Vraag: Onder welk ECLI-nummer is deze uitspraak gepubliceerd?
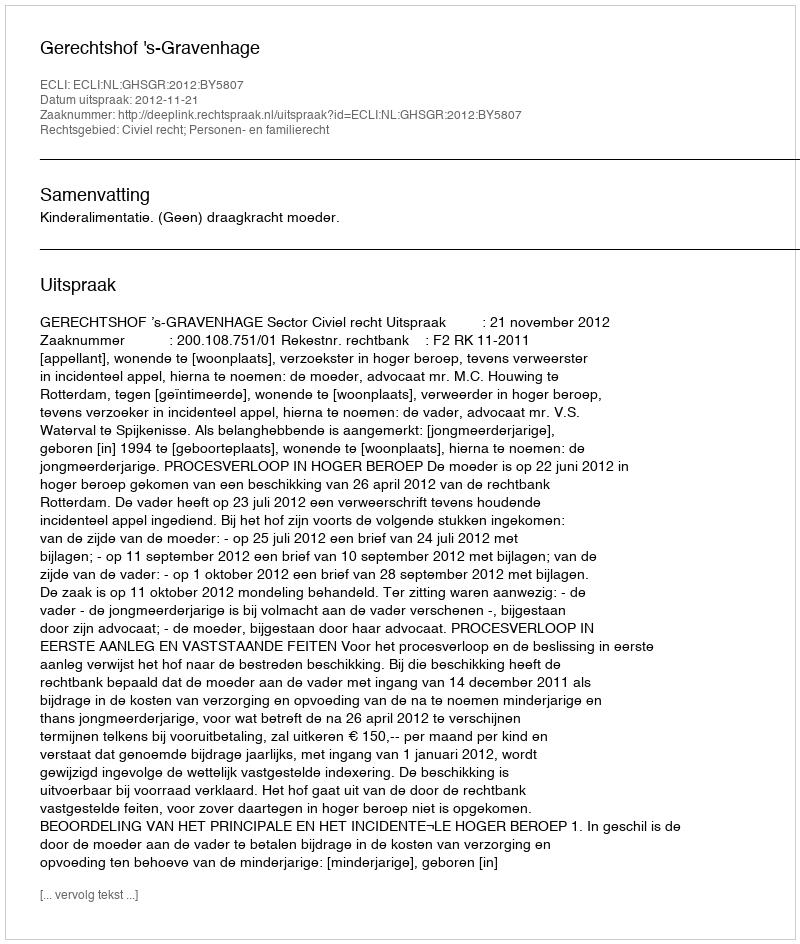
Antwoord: ECLI:NL:GHSGR:2012:BY5807